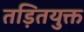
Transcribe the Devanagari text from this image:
तड़ितयुक्त